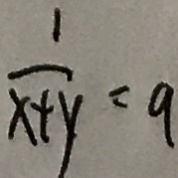
\frac { 1 } { x + y } = 9